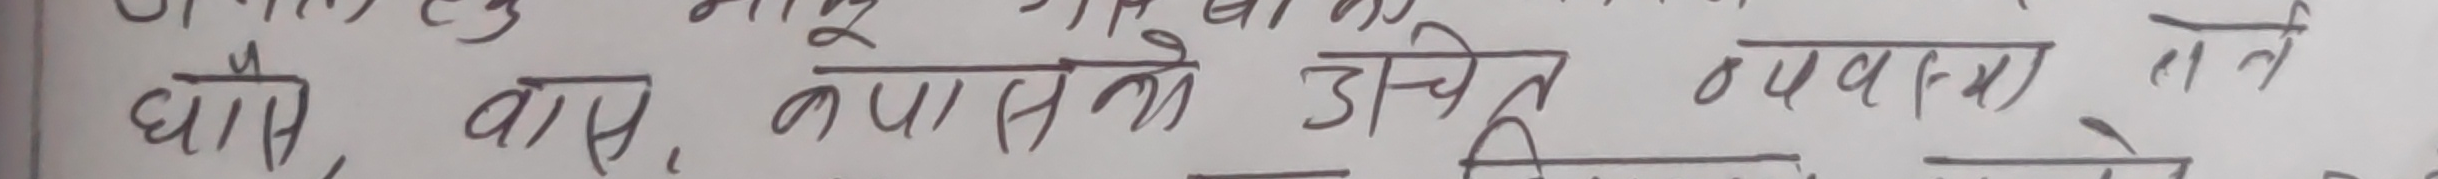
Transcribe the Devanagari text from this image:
घास, वासे, कपासको उचित व्यवस्था हुने